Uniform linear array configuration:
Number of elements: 8
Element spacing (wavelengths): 0.75
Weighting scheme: cosine
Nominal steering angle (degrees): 15
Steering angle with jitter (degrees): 16.592
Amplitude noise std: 0.05
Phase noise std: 0.05

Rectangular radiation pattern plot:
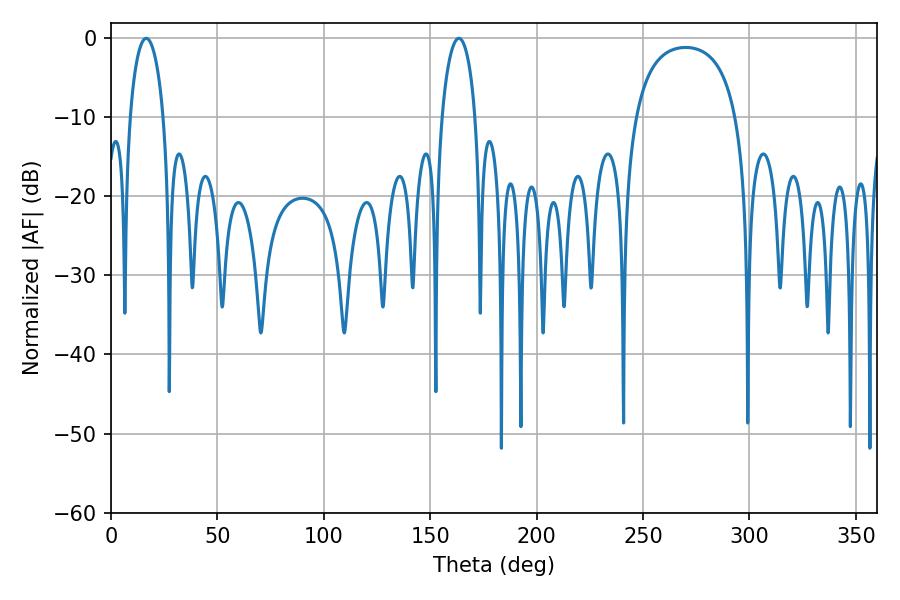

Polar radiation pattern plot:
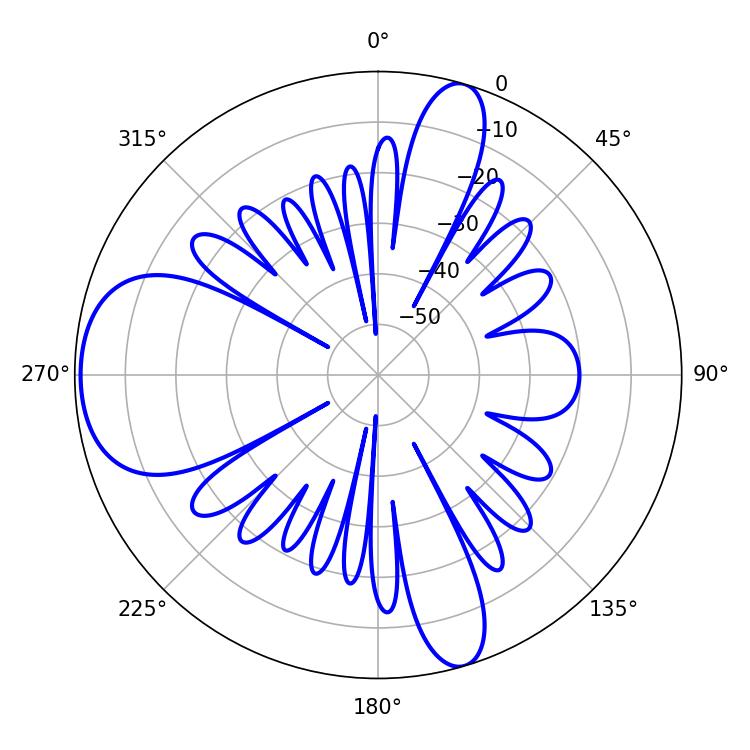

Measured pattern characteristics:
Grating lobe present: TRUE
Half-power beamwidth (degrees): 9
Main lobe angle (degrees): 16.56